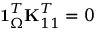
\mathbf { 1 } _ { \Omega } ^ { T } \mathbf { K } _ { 1 1 } ^ { T } = 0